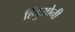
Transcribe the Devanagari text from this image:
हिंदुओनी